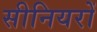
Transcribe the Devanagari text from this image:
सीनियरों